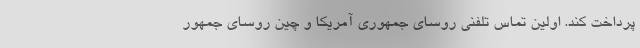
پرداخت کند. اولین تماس تلفنی روسای جمهوری آمریکا و چین روسای جمهور